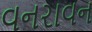
વનરાવન